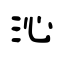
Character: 沁